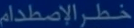
خطرالاصطدام